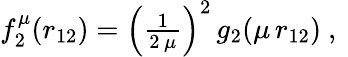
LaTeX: \begin{array}{r}{f_{2}^{\mu}(r_{12})=\left(\frac{1}{2\, \mu}\right)^{2}\, g_{2}(\mu\, r_{12})\mathrm{~,~}}\end{array}